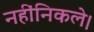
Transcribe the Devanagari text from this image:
नहींनिकले।